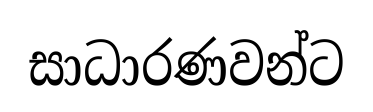
සාධාරණවන්ට